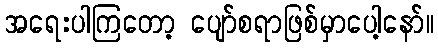
အရေးပါကြတော့ ပျော်စရာဖြစ်မှာပေါ့နော်။